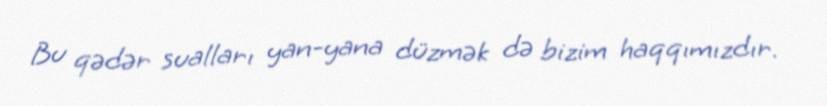
Bu qədər sualları yan-yana düzmək də bizim haqqımızdır.